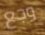
وجع